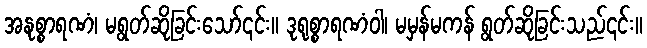
အနုစ္စာရဏံ၊ မရွတ်ဆိုခြင်းသော်၎င်း။ ဒုရုစ္စာရဏံဝါ၊ မမှန်မကန် ရွတ်ဆိုခြင်းသည်၎င်း။